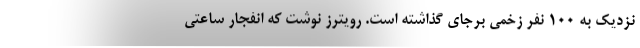
نزدیک به ۱۰۰ نفر زخمی برجای گذاشته است. رویترز نوشت که انفجار ساعتی